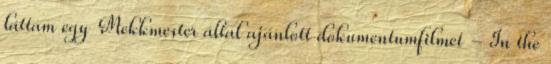
láttam egy Mekkmester által ajánlott dokumentumfilmet - In the